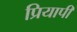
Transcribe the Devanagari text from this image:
प्रियापी